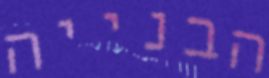
הבנייה